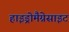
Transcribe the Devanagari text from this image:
हाइड्रोमैग्नेसाइट